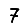
Digit: 7